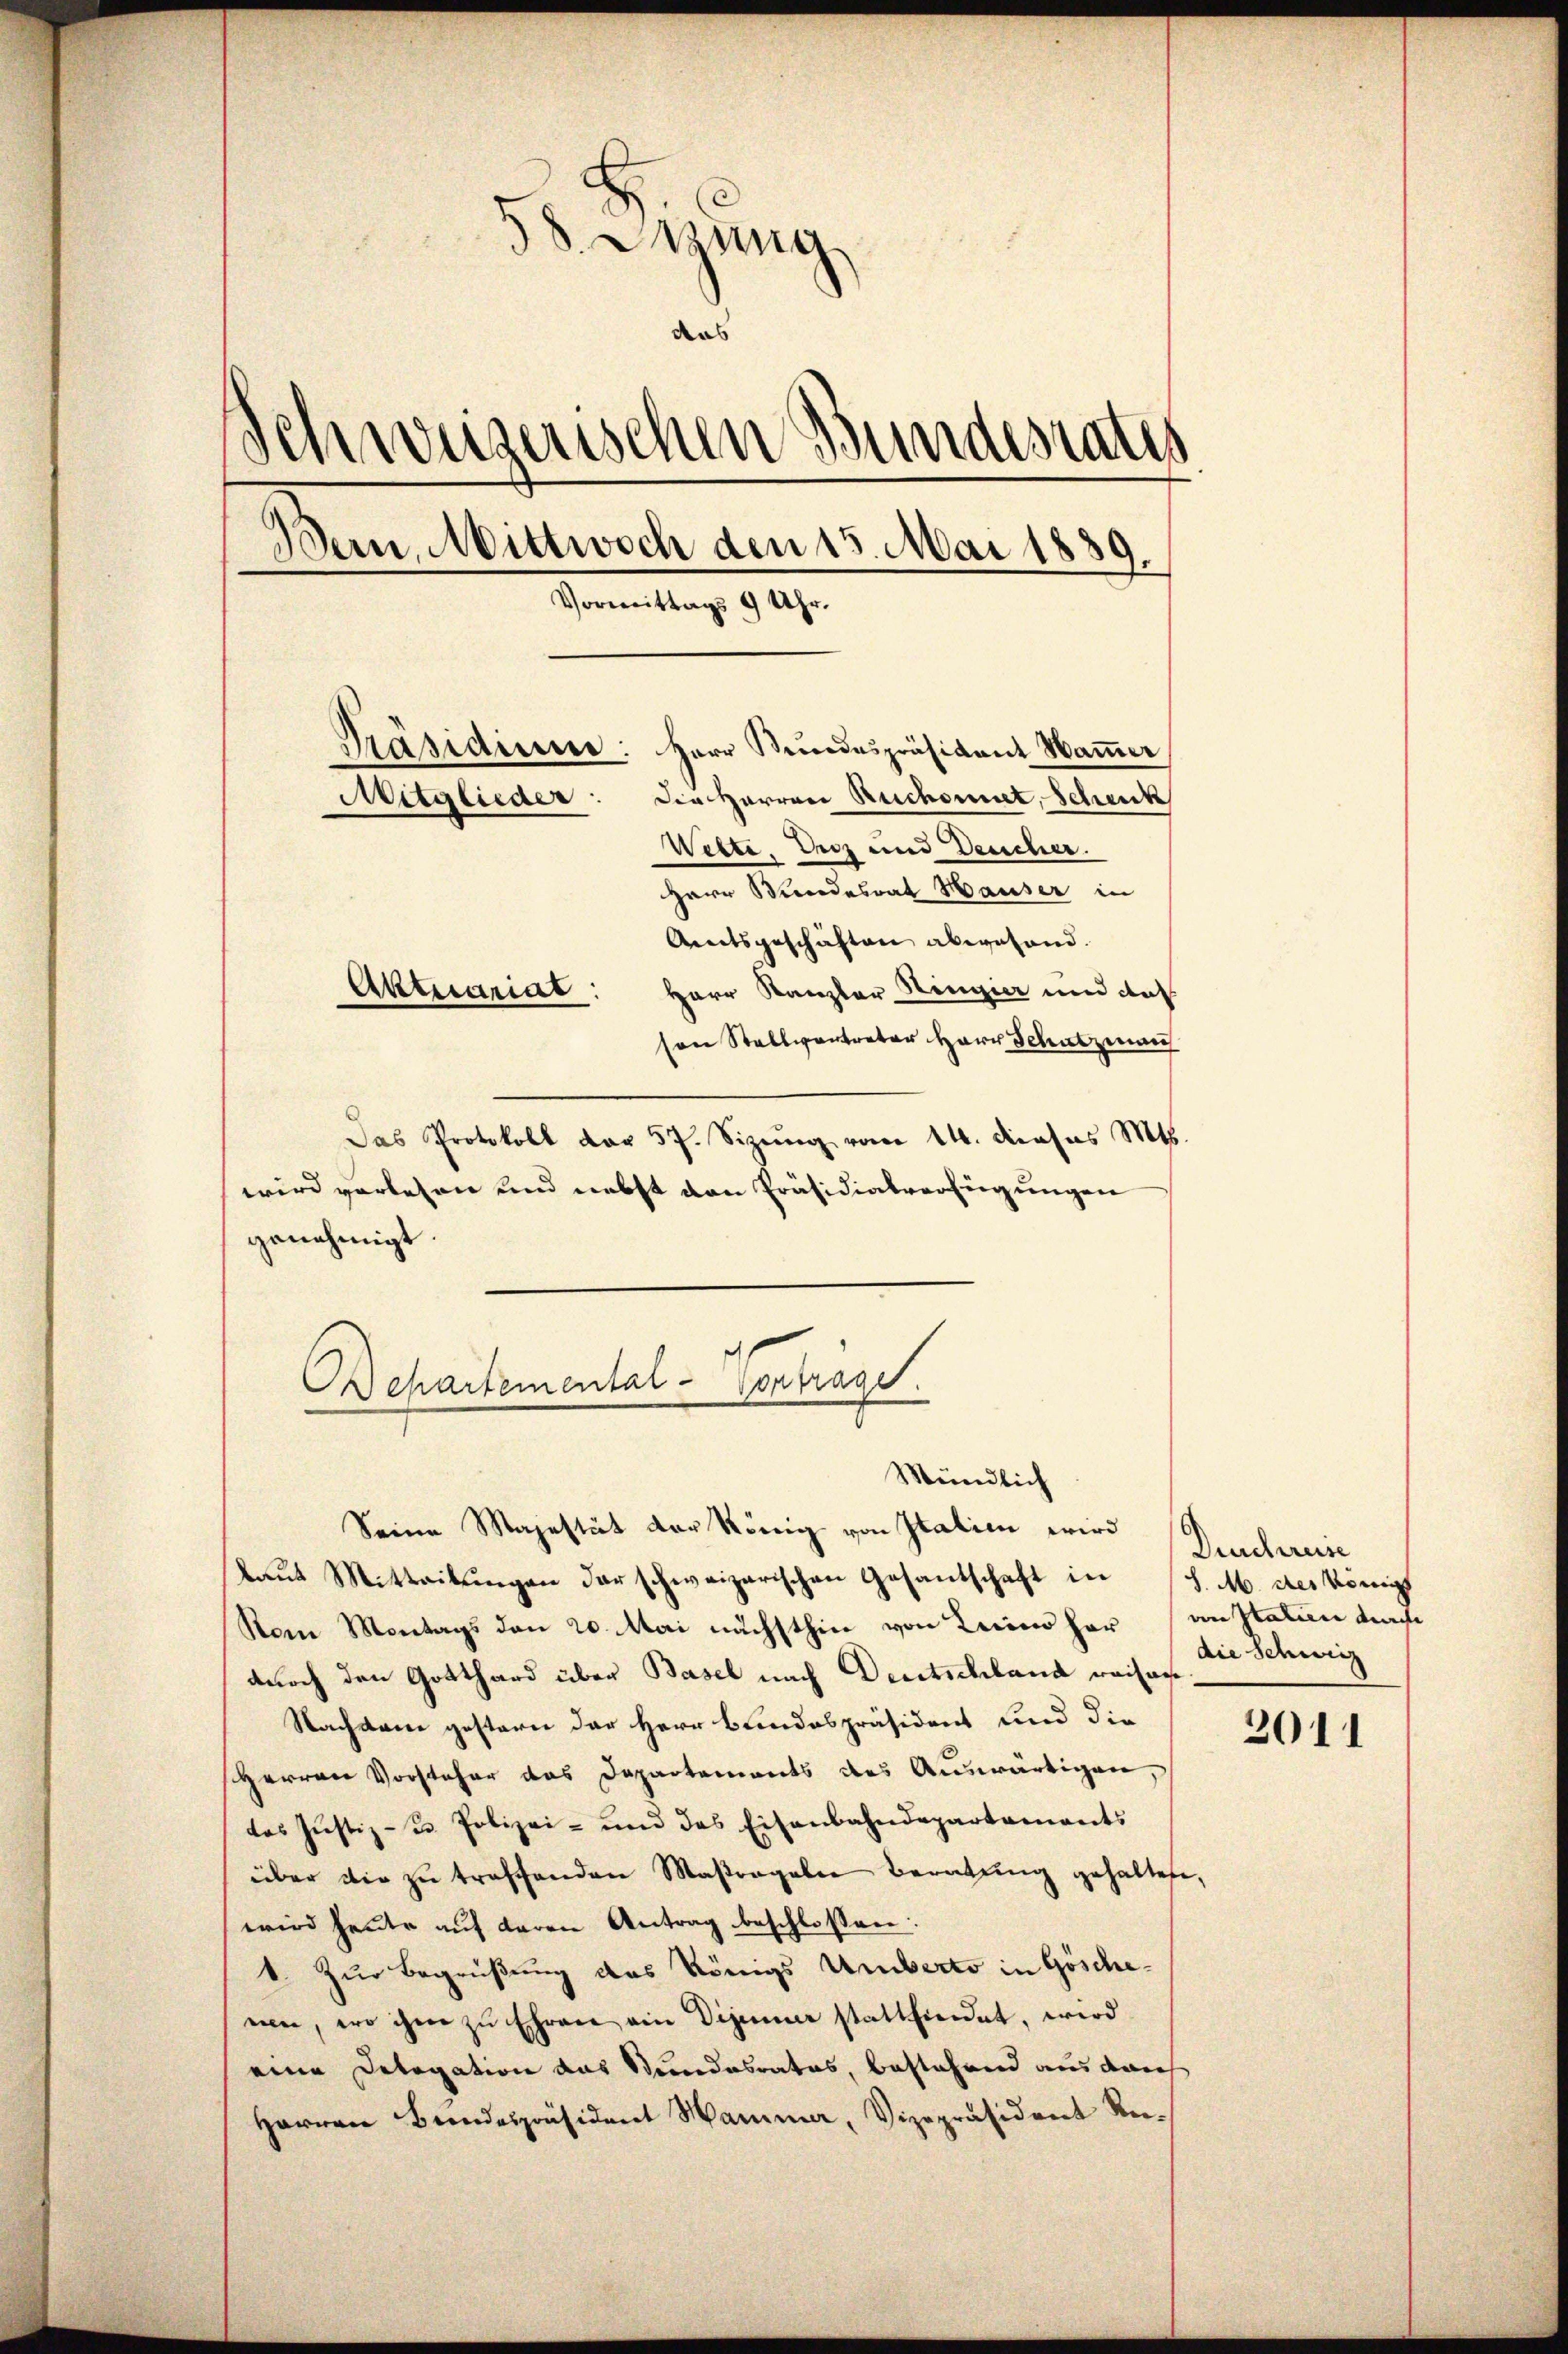
58. Jung
das
d
weiserischen Bundesrates
Bein. Mittwoch den 15. Mai 1889.
Vormittags 9 Uhr.
Präsidium: Herr Bundespräsident Hamer
Die Herren Ruchornet, Schenk
Mitglieder
Webte. Diez und Deucher.
Herr Mindesrat Hauser in
Amtsgeschäften abwesend.
Aktuariat: Herr Kanzler Ringier und das

son Stellvertreter Herr Schatzman
Das Protokoll dar 57. Sizung vom 14. dieses Mts.
wird vorlesen und nebst den Präsidialverfügungen
genehmigt.
Seine Majestät der König von Italien wird
laut Mitteilungen der schweizerischen Gesantschaft in
Vom Montags den 20. Mai nächsthin von Lein her an Italien das
durch den Gotthard über Basel nach Deutschland weisa
Nachtane gestern der Herr Bundespräsident und die
Herren Vorsteher das Departements des Auswärtigen,
das Justiz- u. Polizei- und das Eisenbahndepartaments
über die zu treffenden Maßregaler Beratung gehaltete,
wird heute aŭf deren Antrag beschlossen:
k. Zur Begrüßung des Königs Umberto in Göscheuen, wo ihm zŭ Ehren ein Digueur stattfindet, wird
eine Detogation das Stundesrates, bestehend aus dach
Harren Bundespräsident Hammer, Vizepräsident Re¬

Bepartemental-Vorträge.
Mündlich

Dencharin
S. M. der Königs
die Schweiz

2011